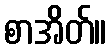
စာအိတ်။